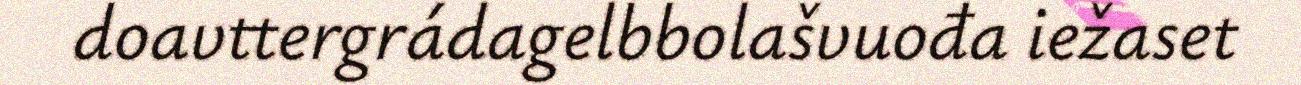
doavttergrádagelbbolašvuođa iežaset